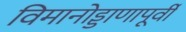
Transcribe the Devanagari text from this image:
विमानोड्डाणापूर्वी